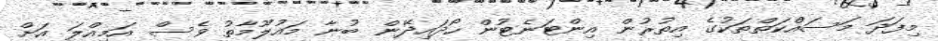
މިފަދަ މަސައްކަތްތަކުގެ އިތުރުން އިންޓަނެޓުން ހޯދައިދޭން ބުނާ މައުލޫމާތު ވެސް އަމިއްލަ އަށް